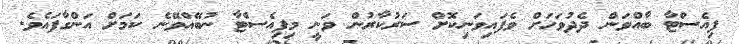
ފިއެސްޓާ ބާއްވަން ދެދުވަހަށް ވެފައިވަނިކޮށް ސަރުކާރުން ވަނީ މިފިއެސްޓާ ނުބޭއްވޭނެ ކަމަށް އަންގާފައެވެ.